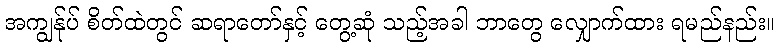
အကျွန်ုပ် စိတ်ထဲတွင် ဆရာတော်နှင့် တွေ့ဆုံ သည့်အခါ ဘာတွေ လျှောက်ထား ရမည်နည်း။